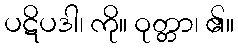
ပဋိပဒါ၊ ကို။ ဝုတ္တာ၊ ၏။